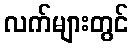
လက်များတွင်